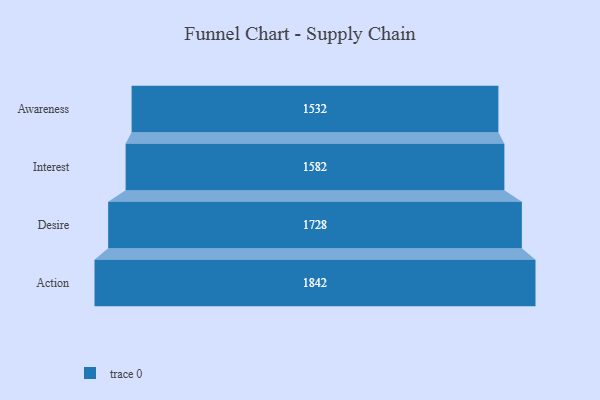
{"axis": {"x": "Stage", "y": "Value"}, "legend": [""], "data": [{"x": "Awareness", "y": 1532.0, "type": ""}, {"x": "Interest", "y": 1582.0, "type": ""}, {"x": "Desire", "y": 1728.0, "type": ""}, {"x": "Action", "y": 1842.0, "type": ""}]}